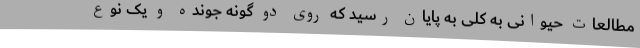
مطالعات حیوانی به کلی به پایان رسید که روی دو گونه جونده و یک نوع